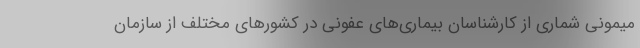
میمونی شماری از کارشناسان بیماری‌های عفونی در کشورهای مختلف از سازمان